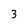
Character: 3